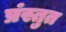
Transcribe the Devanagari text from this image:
प्रंस्तुत